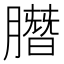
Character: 䐶